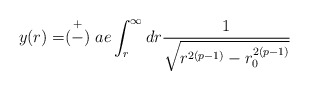
\begin{align*}y(r)=\stackrel{+}{(-)}ae\int^{\infty}_rdr\frac{1}{\sqrt{r^{2(p-1)}-r^{2(p-1)}_0}}\end{align*}